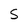
Character: S